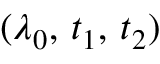
( \lambda _ { 0 } , \, t _ { 1 } , \, t _ { 2 } )